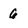
Character: 6